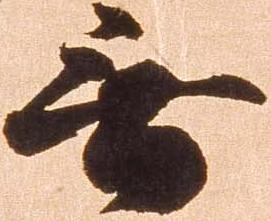
無